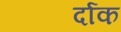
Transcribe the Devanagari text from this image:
र्दाक